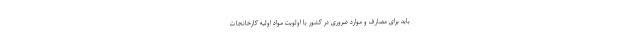
باید برای مصارف و موارد ضروری در کشور با اولویت مواد اولیه کارخانجات